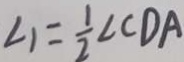
\angle 1 = \frac { 1 } { 2 } \angle C D A